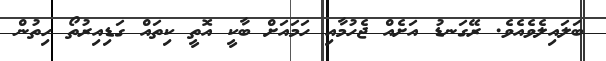
ބަލައިލެވެއެވެ. ރޭގަނޑު އަށެއް ޖެހުމާއި ހަމައަށް ބާކީ އޮތީ ކިތައް ގަޑިއިރުތޯ ހިތުން